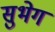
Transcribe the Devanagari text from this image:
सुभेग